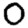
Digit: 0